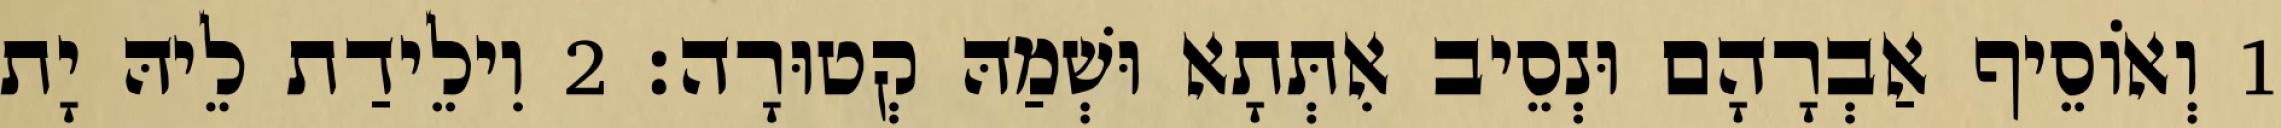
1 וְאוֹסֵיף אַבְרָהָם וּנְסֵיב אִתְּתָא וּשְׁמַהּ קְטוּרָה׃ 2 וִילֵידַת לֵיהּ יָת